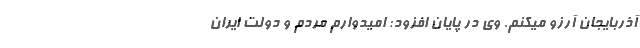
آذربایجان آرزو میکنم. وی در پایان افزود: امیدوارم مردم و دولت ایران